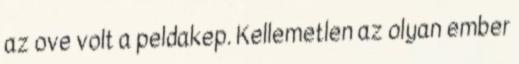
az ove volt a peldakep. Kellemetlen az olyan ember